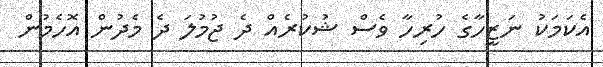
އެކަމަކު ނަޒީހާގެ ހުރިހާ ވެސް ޝުކުރެއް ދެ ޖުމުލަ ދެ މެދުން އޮހެމުން